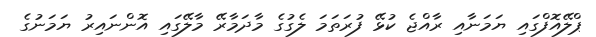
ޕްލޭއޮފްގައި ޔަމަނާއި ރާއްޖެ ކުޅޭ ފުރަތަމަ ލެގުގެ މާދަމާރޭ މާލޭގައި އޮންނައިރު ޔަމަނުގެ